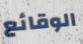
الوقائع